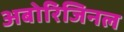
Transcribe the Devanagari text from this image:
अबोरिजिनल